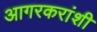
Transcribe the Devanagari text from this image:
आगरकरांशी